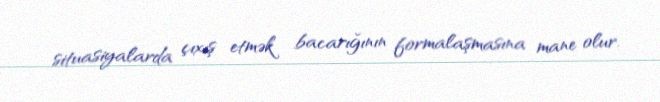
situasiyalarda çıxış etmək bacarığının formalaşmasına mane olur.